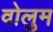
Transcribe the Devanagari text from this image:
वोलुम